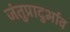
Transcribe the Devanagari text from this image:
जंतुप्रादुर्भाव